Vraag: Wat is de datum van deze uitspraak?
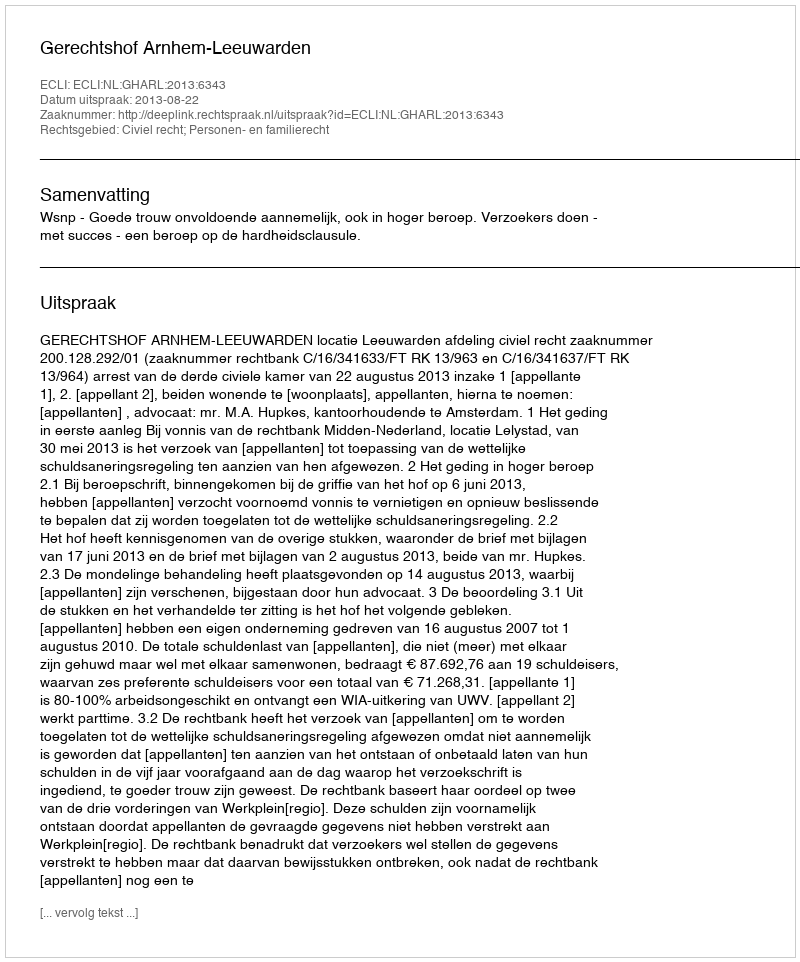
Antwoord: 2013-08-22